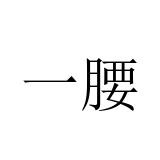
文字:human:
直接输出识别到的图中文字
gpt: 一腰